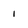
Character: 1